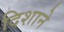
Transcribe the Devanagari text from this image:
दिशाने